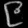
Digit: ၉